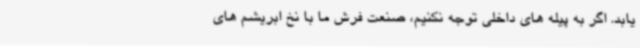
یابد. اگر به پیله های داخلی توجه نکنیم، صنعت فرش ما با نخ ابریشم های